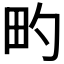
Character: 𬏀